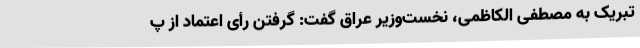
تبریک به مصطفی الکاظمی، نخست‌وزیر عراق گفت: گرفتن رأی اعتماد از پ